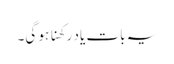
یہ بات یاد رکھنا ہو گی۔